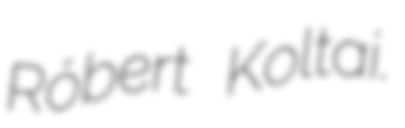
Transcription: Róbert Koltai.